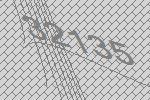
32135